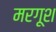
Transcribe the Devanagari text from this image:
मरगूश